Problem: 8 × 7 = ?
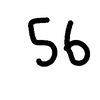
Handwritten answer: 56